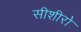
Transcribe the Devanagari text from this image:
सीशीरो